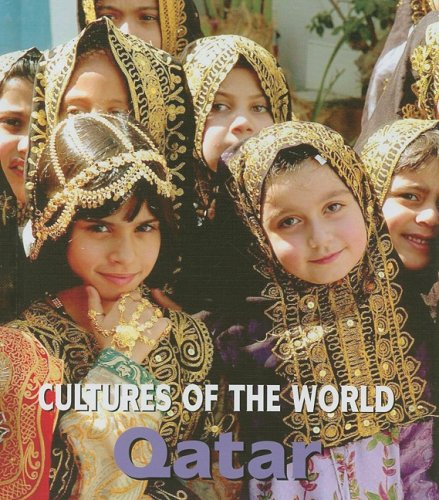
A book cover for Qatar (Cultures of the World); Tamra Orr; History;